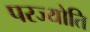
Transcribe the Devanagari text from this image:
परज्योति